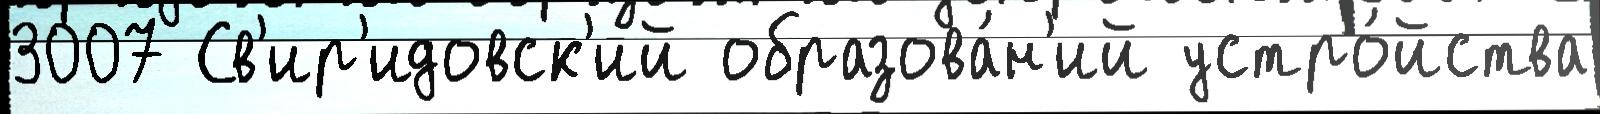
3007 Св'ир'идовск'ий образова́н'ий устро́йства